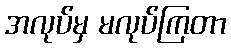
အလုပ်မှ မလုပ်ကြတာ